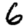
Digit: 6